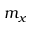
m _ { x }